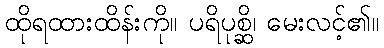
ထိုရထားထိန်းကို။ ပရိပုစ္ဆိ၊ မေးလင့်၏။